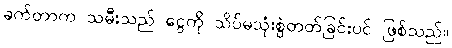
ခက်တာက သမီးသည် ငွေကို သိပ်မသုံးစွဲတတ်ခြင်းပင် ဖြစ်သည်။